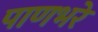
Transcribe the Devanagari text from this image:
पाणभरे